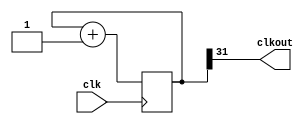
module clk_div(input clk, output clkout);
	reg [31:0] c = 32'b0;
	always @(posedge clk)
	begin
	c = c +1'b1;
	end
	assign clkout=c[31];
endmodule


module dff(input D, clk, rst, en, output reg o);
	always @(posedge clk or posedge rst or posedge en)
  begin
	if(rst)
	  o <= 1'b0;
	else if(en)
	  o <= 1'b1;
	else
	  o <= D;	
  end
endmodule

module PRBS(input clk, rst, en,   output [2:0]o);
  wire o1,o2,o3;
  wire temp;
   dff d1(temp, clk, rst, en, o1);
   dff d2(o1, clk, rst, en, o2);
   dff d3(o2, clk, rst, en, o3);
 assign temp = o1 ^ o3;
 assign o = o1+o2*2'b10+o3*3'b100;
endmodule